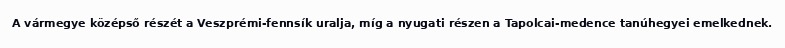
A vármegye középső részét a Veszprémi-fennsík uralja, míg a nyugati részen a Tapolcai-medence tanúhegyei emelkednek.